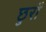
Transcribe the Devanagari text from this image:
छुरों